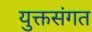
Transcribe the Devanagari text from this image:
युक्तसंगत